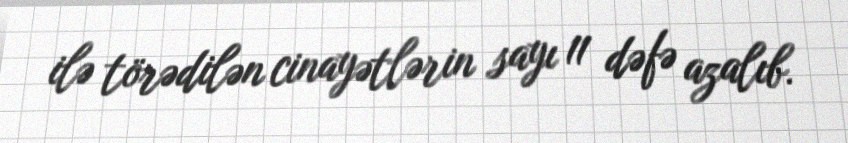
ilə törədilən cinayətlərin sayı 11 dəfə azalıb.